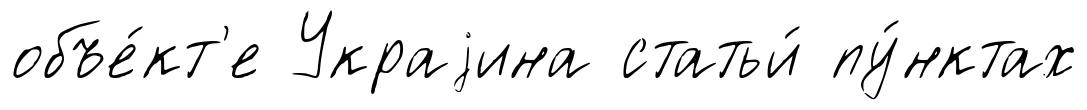
объе́кт'е Украjина статьи́ пу́нктах